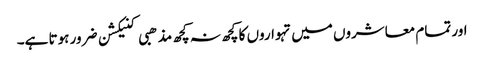
اور تمام معاشروں میں تہواروں کا کچھ نہ کچھ مذھبی کنیکشن ضرور ہوتا ہے۔